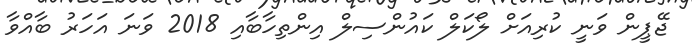
ޖޭޕީން ވަނީ ކުރިއަށް ލޯކަލް ކައުންސިލް އިންތިހާބާއި 2018 ވަަނަ އަހަރު ބާއްވާ